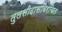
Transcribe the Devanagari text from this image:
तुलसीदासविरचित